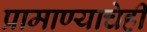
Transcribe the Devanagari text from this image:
प्रामाण्याचेही